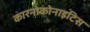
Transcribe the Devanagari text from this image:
कारनोकोनाइटिस